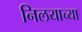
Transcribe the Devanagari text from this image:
निलयाच्या